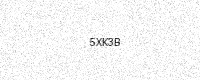
Text: 5XK3B